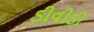
ડીવીડી